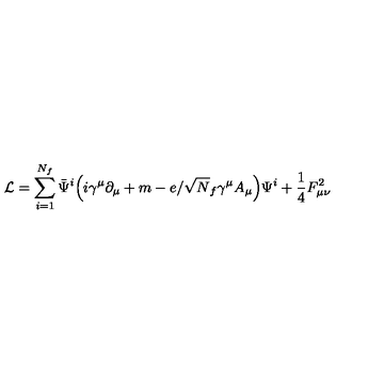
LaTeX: { \cal L } = \sum _ { i = 1 } ^ { N _ { f } } \bar { { \Psi } } ^ { i } \Big ( i \gamma ^ { \mu } \partial _ { \mu } + m - e / \sqrt N _ { f } \gamma ^ { \mu } A _ { \mu } \Big ) \Psi ^ { i } + \frac { 1 } { 4 } F _ { { \mu } { \nu } } ^ { 2 }